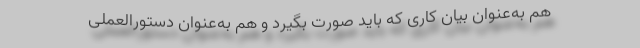
هم به‌عنوان بیان کاری که باید صورت بگیرد و هم به‌عنوان دستورالعملی